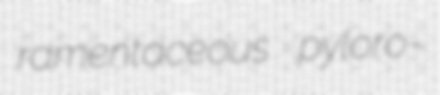
ramentaceous pyloro-